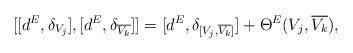
LaTeX: \begin{align*}[[d^E, \delta_{V_j}], [d^E, \delta_{\overline{V_k}}]]= [d^E, \delta_{[V_j, \overline{V_k}]}]+ \Theta^E(V_j, \overline{V_k}),\end{align*}